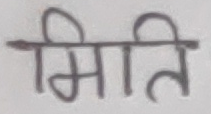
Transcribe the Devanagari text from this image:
मिति